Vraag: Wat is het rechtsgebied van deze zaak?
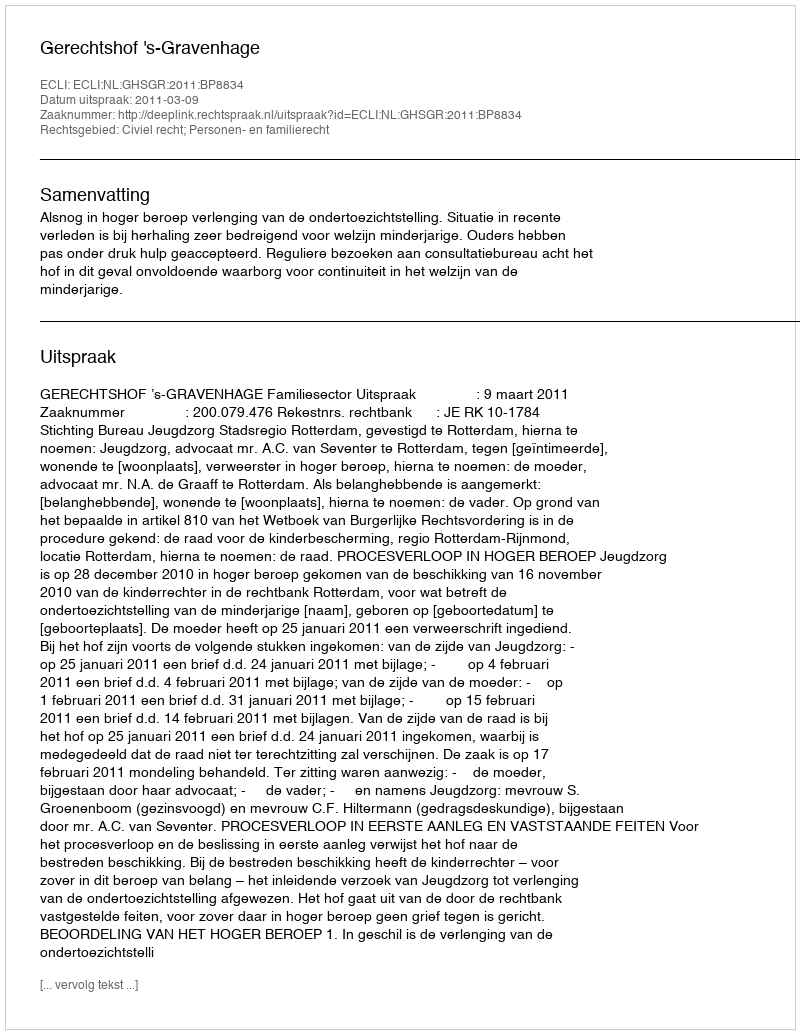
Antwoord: Civiel recht; Personen- en familierecht